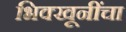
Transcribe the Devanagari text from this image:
भिक्खूनींचा